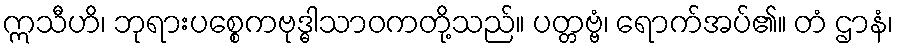
ဣသီဟိ၊ ဘုရားပစ္စေကဗုဒ္ဓါသာဝကတို့သည်။ ပတ္တဗ္ဗံ၊ ရောက်အပ်၏။ တံ ဌာနံ၊